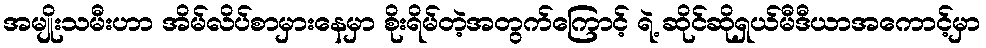
အမျိုးသမီးဟာ အိမ်လိပ်စာမှားနေမှာ စိုးရိမ်တဲ့အတွက်ကြောင့် ရဲ့ ဆိုင်ဆိုရှယ်မီဒီယာအကောင့်မှာ